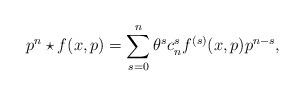
LaTeX: \begin{align*}p^{n} \star f(x,p) = \sum _{s=0}^{n} \theta ^{s} c_{n}^{s} f^{(s)}(x,p) p^{n-s},\end{align*}